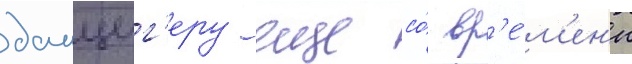
данциг'еру еще со́ вр'е́м'ен'и